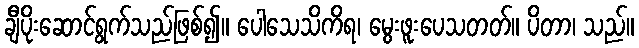
ချီပိုးဆောင်ရွက်သည်ဖြစ်၍။ ပေါသေသိကိရ၊ မွေးဖူးပေသတတ်။ ပိတာ၊ သည်။